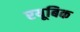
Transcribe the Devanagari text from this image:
रयूबिक